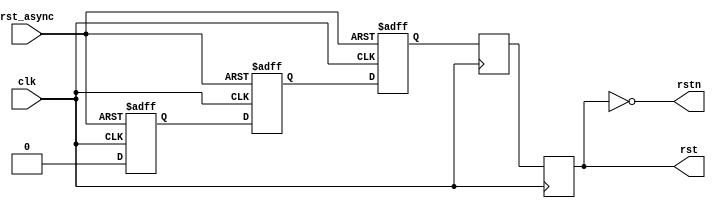
// ***************************************************************************
// ***************************************************************************
// Copyright 2014 - 2017 (c) Analog Devices, Inc. All rights reserved.
//
// In this HDL repository, there are many different and unique modules, consisting
// of various HDL (Verilog or VHDL) components. The individual modules are
// developed independently, and may be accompanied by separate and unique license
// terms.
//
// The user should read each of these license terms, and understand the
// freedoms and responsibilities that he or she has by using this source/core.
//
// This core is distributed in the hope that it will be useful, but WITHOUT ANY
// WARRANTY; without even the implied warranty of MERCHANTABILITY or FITNESS FOR
// A PARTICULAR PURPOSE.
//
// Redistribution and use of source or resulting binaries, with or without modification
// of this file, are permitted under one of the following two license terms:
//
//   1. The GNU General Public License version 2 as published by the
//      Free Software Foundation, which can be found in the top level directory
//      of this repository (LICENSE_GPL2), and also online at:
//      <https://www.gnu.org/licenses/old-licenses/gpl-2.0.html>
//
// OR
//
//   2. An ADI specific BSD license, which can be found in the top level directory
//      of this repository (LICENSE_ADIBSD), and also on-line at:
//      https://github.com/analogdevicesinc/hdl/blob/master/LICENSE_ADIBSD
//      This will allow to generate bit files and not release the source code,
//      as long as it attaches to an ADI device.
//
// ***************************************************************************
// ***************************************************************************

`timescale 1ns/100ps

module ad_rst (

  // clock reset

  input                   rst_async,
  input                   clk,
  output                  rstn,
  output  reg             rst);

  // internal registers
  reg             rst_async_d1 = 1'd1;
  reg             rst_async_d2 = 1'd1;
  reg             rst_sync = 1'd1;
  reg             rst_sync_d = 1'd1;

  // simple reset synchronizer
  always @(posedge clk or posedge rst_async) begin
    if (rst_async) begin
      rst_async_d1 <= 1'b1;
      rst_async_d2 <= 1'b1;
      rst_sync <= 1'b1;
    end else begin
      rst_async_d1 <= 1'b0;
      rst_async_d2 <= rst_async_d1;
      rst_sync <= rst_async_d2;
    end
  end

  // two-stage synchronizer to prevent metastability on the falling edge
  always @(posedge clk) begin
    rst_sync_d <= rst_sync;
    rst <= rst_sync_d;
  end

  assign rstn = ~rst;

endmodule

// ***************************************************************************
// ***************************************************************************